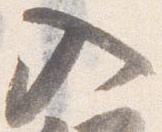
入